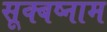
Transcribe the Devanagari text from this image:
सूक्बष्नाम